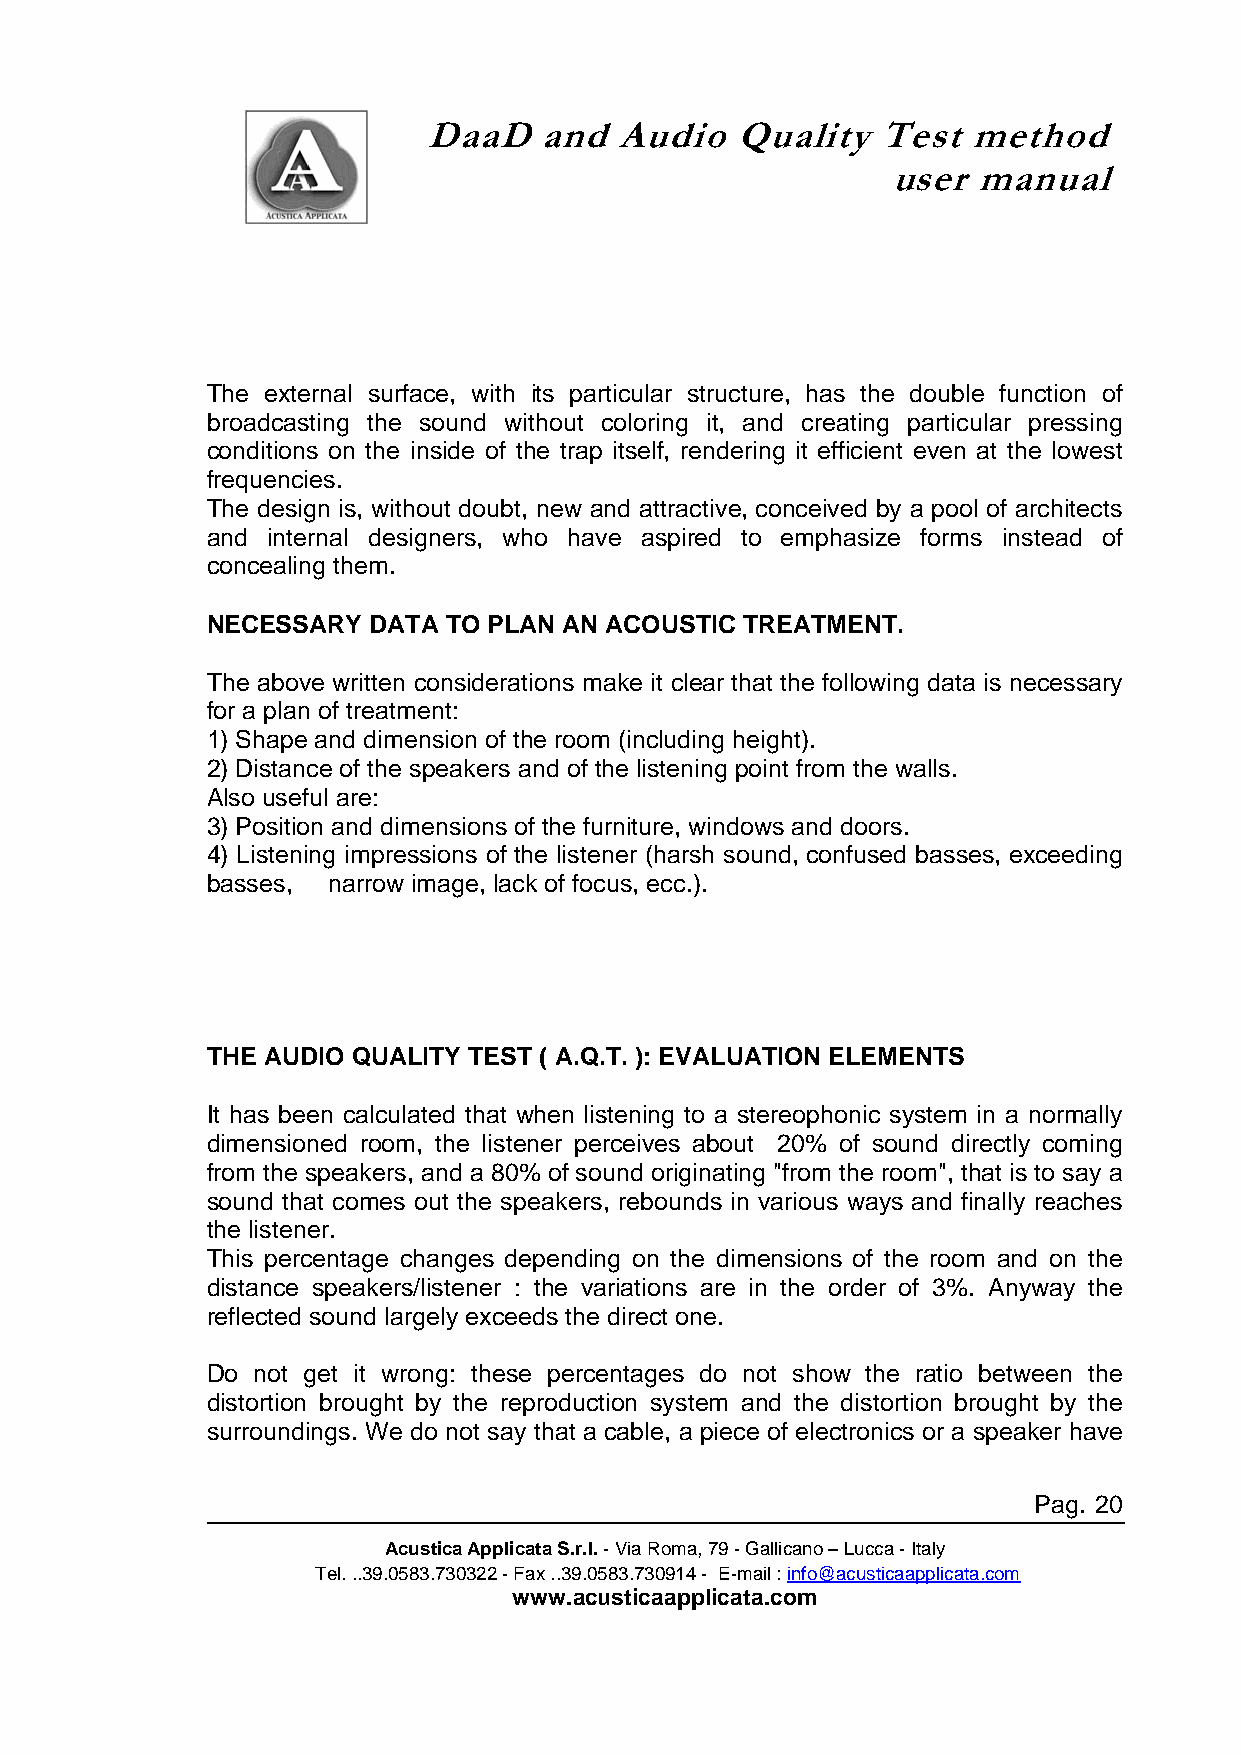
DaaD    and  Audio   Quality  Test  method
 user  manual
 The external surface, with its particular structure, has the double function of
 broadcasting the sound without coloring it, and creating particular pressing
 conditions on the inside of the trap itself, rendering it efficient even at the lowest
 frequencies.
 The design is, without doubt, new and attractive, conceived by a pool of architects
 and internal designers, who have aspired to emphasize forms instead of
 concealing them.
 NECESSARY DATA TO PLAN AN ACOUSTIC TREATMENT.
 The above written considerations make it clear that the following data is necessary
 for a plan of treatment:
 1) Shape and dimension of the room (including height).
 2) Distance of the speakers and of the listening point from the walls.
 Also useful are:
 3) Position and dimensions of the furniture, windows and doors.
 4) Listening impressions of the listener (harsh sound, confused basses, exceeding
 basses, narrow image, lack of focus, ecc.).
 THE AUDIO QUALITY TEST ( A.Q.T. ): EVALUATION ELEMENTS
 It has been calculated that when listening to a stereophonic system in a normally
 dimensioned room, the listener perceives about 20% of sound directly coming
 from the speakers, and a 80% of sound originating "from the room", that is to say a
 sound that comes out the speakers, rebounds in various ways and finally reaches
 the listener.
 This percentage changes depending on the dimensions of the room and on the
 distance speakers/listener : the variations are in the order of 3%. Anyway the
 reflected sound largely exceeds the direct one.
 Do not get it wrong: these percentages do not show the ratio between the
 distortion brought by the reproduction system and the distortion brought by the
 surroundings. We do not say that a cable, a piece of electronics or a speaker have
 Pag. 20
 Acustica Applicata S.r.l. - Via Roma, 79 - Gallicano – Lucca - Italy
 Tel. ..39.0583.730322 - Fax ..39.0583.730914 - E-mail : info@acusticaapplicata.com
 www.acusticaapplicata.com